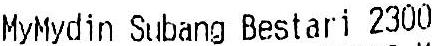
MYMYDIN SUBANG BESTARI 2300